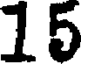
15